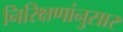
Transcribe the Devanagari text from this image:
निरिक्षणांनुसार